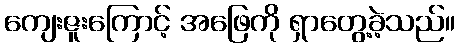
ကျေးဇူးကြောင့် အဖြေကို ရှာတွေ့ခဲ့သည်။